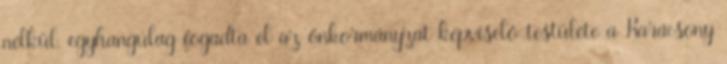
nélkül, egyhangúlag fogadta el az önkormányzat képviselő-testülete a Karácsony